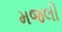
મજલી